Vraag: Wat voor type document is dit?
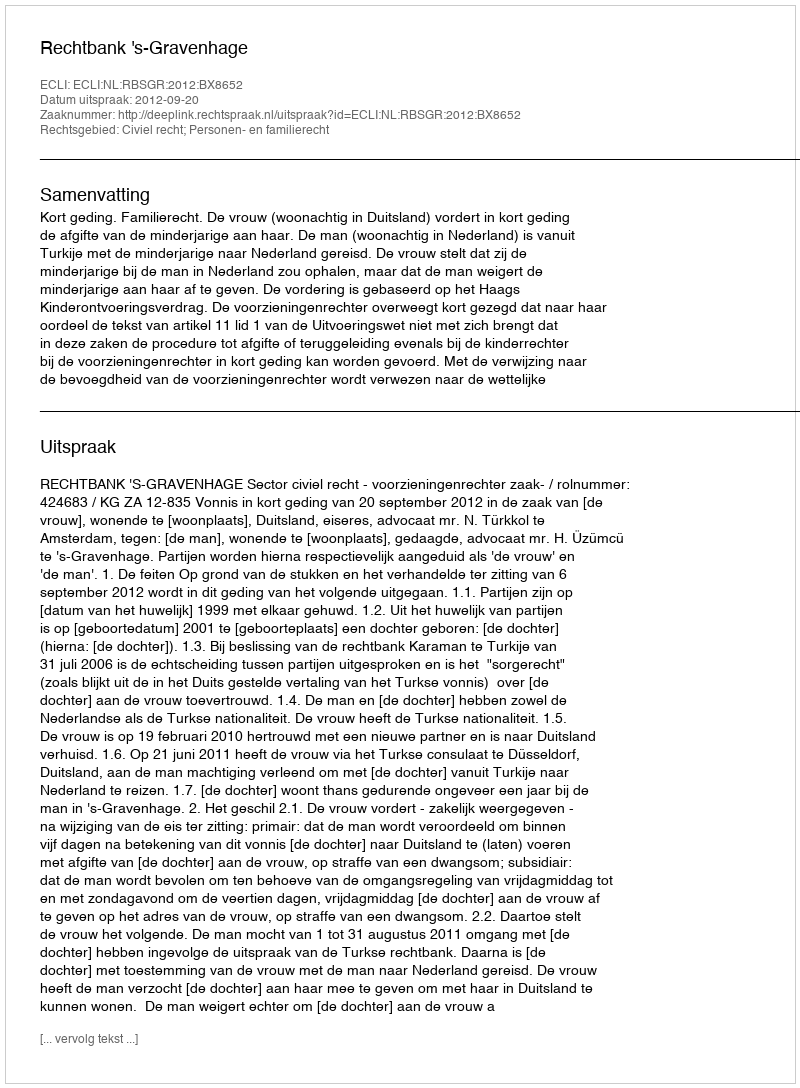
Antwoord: Uitspraak